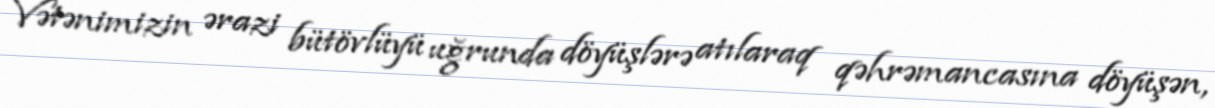
Vətənimizin ərazi bütövlüyü uğrunda döyüşlərə atılaraq qəhrəmancasına döyüşən,